system: You are a helpful assistant.
user:
Analyze the provided spectrum to determine if it is a **Carbon Star (C-type)**.

- **Key Visual Indicators of Carbon Star:**
    - **(Primary):** Strong molecular absorption from **C₂ (diatomic carbon) "Swan Bands."** This is the **defining feature** of a carbon star.
        - **(Key Bandheads):** Sharp absorption edges are visible at approximately $5635$ Å, $5165$ Å (the strongest band), and $4737$ Å.
        - **(Line Profile):** Creates a distinct **"saw-tooth"** pattern. The key morphology is a sharp, steep bandhead on the **red (long-wavelength) side**, which then gradually tapers off (i.e., flux recovers) towards the **blue (short-wavelength) side**. *(This is the direct opposite of the TiO bands seen in M-type stars)*.

    - **(Secondary):** Intense **CN (cyanogen)** molecular absorption bands.
        - **(Key Bandheads):** Located in the blue and violet regions of the spectrum (e.g., near $4215$ Å and $3883$ Å).
        - **(Morphology):** These bands are extremely broad and act as a "blanket," absorbing the vast majority of blue and violet light. This creates a characteristic **"cliff"** or **"steep drop-off"** in the spectrum's flux at short wavelengths.

    - **(Key Confirmation):** Strong **CH absorption band (G-band)**.
        - **(Key Bandhead):** Located around $4300$ Å. The contribution from CH molecules to this band is exceptionally strong.

    - **(Overall Spectrum):**
        - The continuum is severely "chopped up" by these deep molecular bands, especially C₂, rather than appearing as a smooth curve.
        - Due to the heavy CN and C₂ absorption in the blue-green, the vast majority of the star's flux is concentrated in the red part of the spectrum, giving the star its characteristic deep red color.

Think first, call **spectral_visualization_tool** if needed to examine features in detail, then provide your final answer. Your response must adhere to the following strict rules:
1.  **Overall Structure:** Your response must follow the format `<think>...</think> <tool_call>...</tool_call> (if a tool is used) <answer>...</answer>`.
2.  **Tool Usage Constraint:** You may only make **one** tool call per turn.
3.  **Final Answer Format:** In the `<answer>` tag, your conclusion must be inside a `\boxed{}` command (e.g., `\boxed{YES}`), followed by your justification.

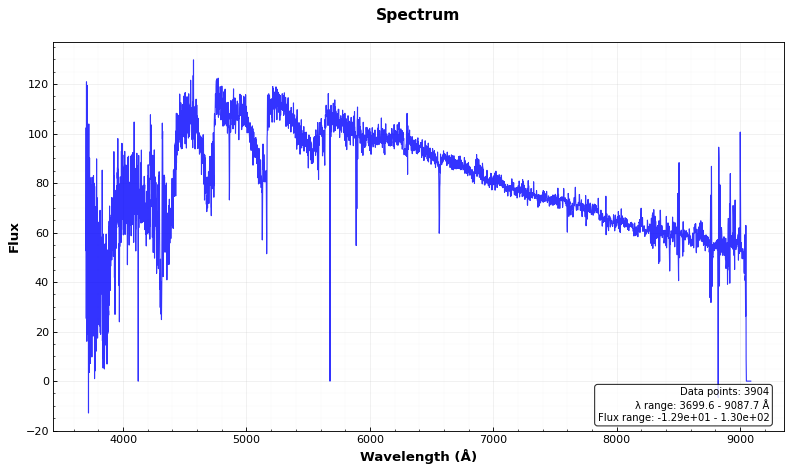
Answer: YES